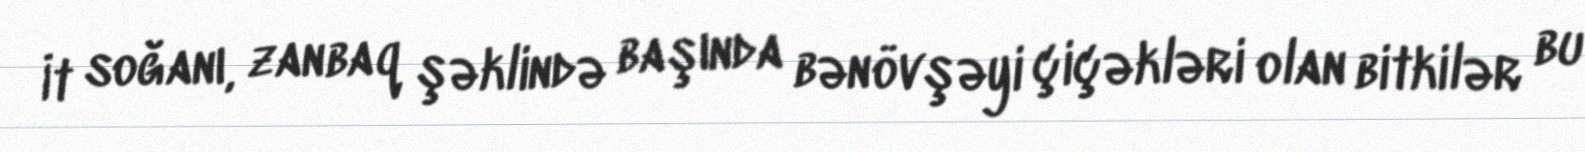
İt soğanı, zanbaq şəklində başında bənövşəyi çiçəkləri olan bitkilər bu